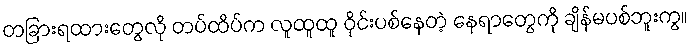
တခြားရထားတွေလို တပ်ထိပ်က လူထူထူ ဝိုင်းပစ်နေတဲ့ နေရာတွေကို ချိန်မပစ်ဘူးကွ။